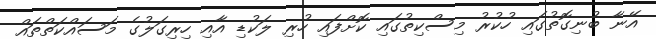
އޭނާ ބުނިގޮތުގައި ހުކުރު މިސްކިތުގައި ކޮށްފައި ހުރި ލަކުޑި އާއި ހިރިގަލުގެ މަސައްކަތްތައް